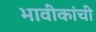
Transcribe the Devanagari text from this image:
भावीकांची